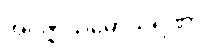
အဝိဇ္ဇာသမောသရဏာ